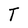
Character: T